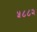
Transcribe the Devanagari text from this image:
५८८२